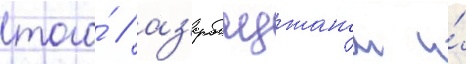
того́ / аз'ербаиджаном и́